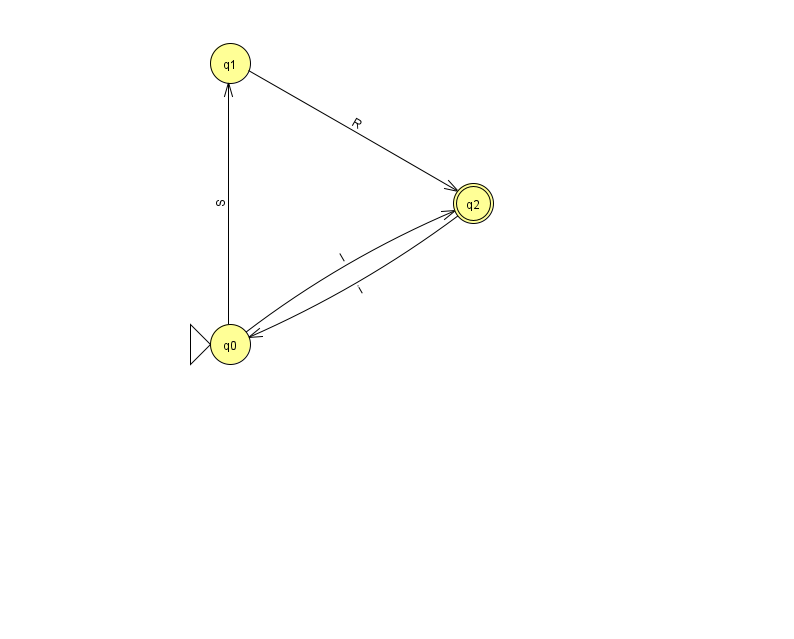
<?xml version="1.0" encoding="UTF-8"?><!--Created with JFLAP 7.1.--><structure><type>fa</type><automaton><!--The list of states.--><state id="0" name="q0"><x>230.0</x><y>331.0</y><initial/></state><state id="1" name="q1"><x>230.0</x><y>50.0</y></state><state id="2" name="q2"><x>473.0</x><y>190.0</y><final/></state><!--The list of transitions.--><transition><from>1</from><to>2</to><read>R</read></transition><transition><from>0</from><to>1</to><read>S</read></transition><transition><from>0</from><to>2</to><read>I</read></transition><transition><from>2</from><to>0</to><read>i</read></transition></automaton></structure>